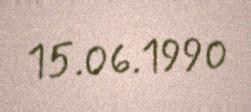
15.06.1990